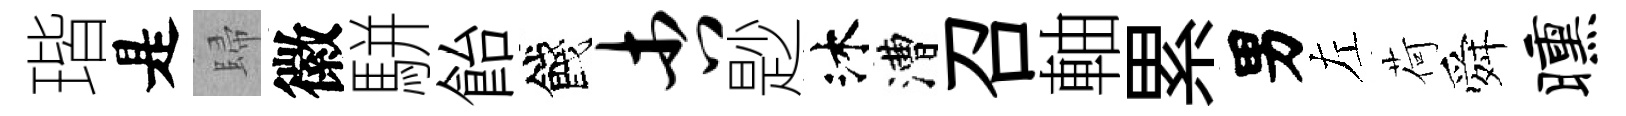
瑎是歸徽駢飴餞杏尟沐漕召軸累男左荷舜曛